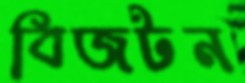
বিজটন